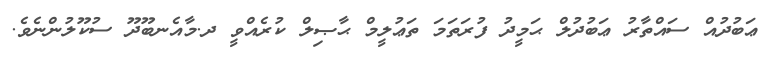
ޢަބުދުއް ސައްތާރު ޢަބުދުލް ޙަމީދު ފުރަތަމަ ތަޢުލީމް ޙާޞިލް ކުރެއްވީ ދ.މާއެނބޫދޫ ސުކޫލުންނެވެ.